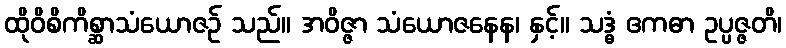
ထိုဝိစိကိစ္ဆာသံယောဇဉ် သည်။ အဝိဇ္ဇာ သံယောဇနေန၊ နှင့်။ သဒ္ဓံ ဧကဓာ ဥပ္ပဇ္ဇတိ၊